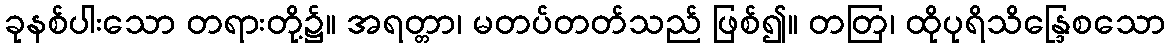
ခုနစ်ပါးသော တရားတို့၌။ အရတ္တာ၊ မတပ်တတ်သည် ဖြစ်၍။ တတြ၊ ထိုပုရိသိန္ဒြေစသော